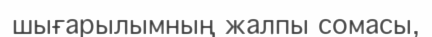
шығарылымның жалпы сомасы‚